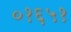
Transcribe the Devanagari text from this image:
०१६५१